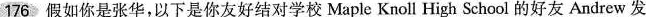
176 假如你是张华,以下是你友好结对学校Maple Knoll High School的好Andrew发